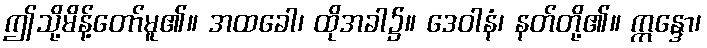
ဤသို့မိန့်တော်မူ၏။ အထခေါ၊ ထိုအခါ၌။ ဒေဝါနံ၊ နတ်တို့၏။ ဣန္ဒော၊